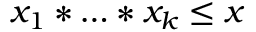
x _ { 1 } * \ldots * x _ { k } \leq x